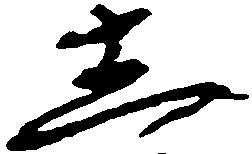
し